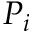
P _ { i }